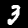
Digit: 3